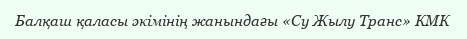
Балқаш қаласы әкімінің жанындағы «Су Жылу Транс» КМК